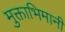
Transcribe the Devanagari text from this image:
मुक्ताभिमानी